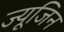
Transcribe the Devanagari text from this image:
ज्यूजिन